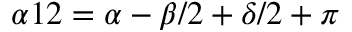
\alpha { 1 2 } = \alpha - \beta / 2 + \delta / 2 + \pi